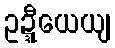
ဥဍ္ဍီယေယျ